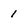
Character: 1